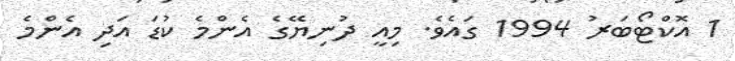
1 އޮކްޓޯބަރު 1994 ގައެވެ. މިއީ ދުނިޔޭގެ އެންމެ ކުޑަ އަދި އެންމެ